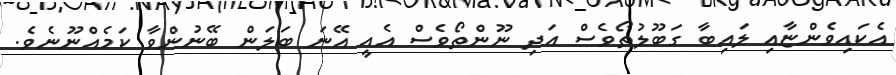
އެކައިވެންޏާއި ލައިބާ ގަބޫލުތޯވެސް އަދި ނޫންތޯވެސް އެއީ އޭނަ ބަލަން ބޭނުންވާ ކަމެއްނޫނެވެ.